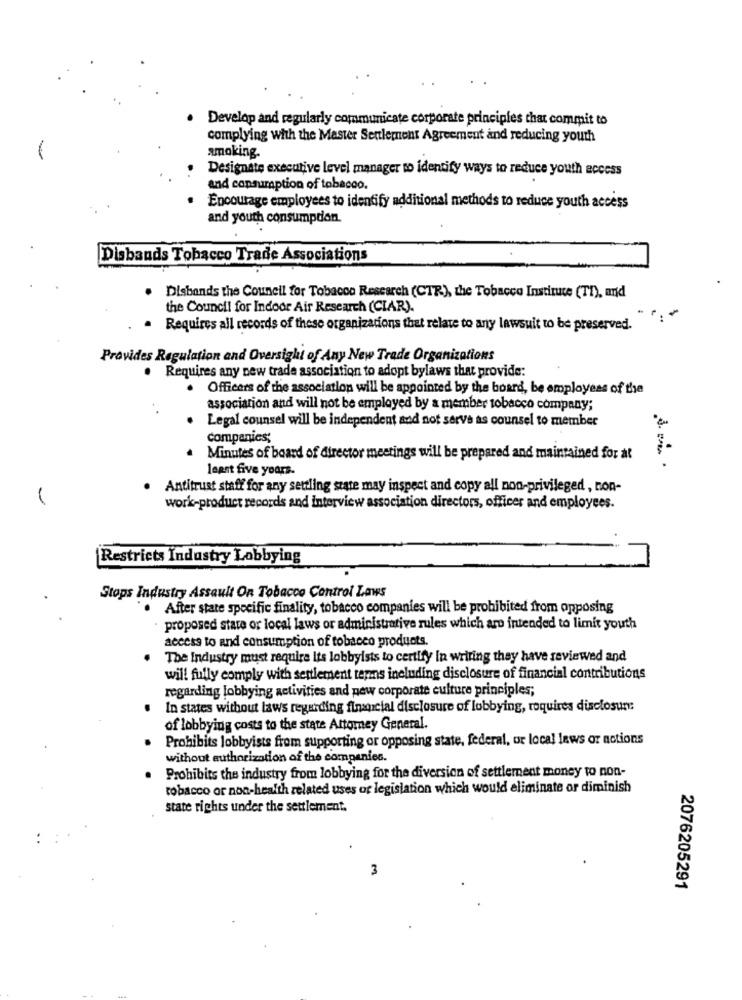
Develop and regularly communicate corporate principles that commit to
complying with the Master Seulement Agreement and reducing youth
smoking.
Designate executive level manager to identify ways to reduce youth access
and consumption of tobacco.
.
Encourage employees to identify additional methods to reduce youth access
and youth consumpdan.
Disbands Tobacco Trade Associations
Disbands the Council for Tobacco Research (CTR), the Tobacco Institute (TI), and
the Council for Indoor Air Research (CIAR).
. Requires all records of these organizations that relate to any lawsuit to be preserved.
Provides Regulation and Oversight of Any New Trade Organizations
. Requires any new trade association to adopt bylaws that provide:
Officers of the association will be appointed by the board, be employees of the
association and will not be employed by a member tobacco company;
Legal counsel will be independent and not serve as counsel to member
Companies;
Minutes of board of director meetings will be prepared and maintained for at
least five years.
Antitrust staff for any settling state may inspect and copy all non-privileged , con-
work-product records and interview association directors, officer and employees.
Restricts Industry Lobbying
Stops Industry Assault On Tobacco Control Laws
After state specific finality, tobacco companies will be prohibited from opposing
proposed stare or local laws or administrative rules which are intended to limit youth
access to and consumption of tobacco products.
The Industry must require Its lobbyists to certify in writing they have reviewed and
will fully comply with settlement terms including disclosure of financial contributions
regarding lobbying activities and new corporate culture principles;
In states without laws regarding financial disclosure of lobbying, roquires disclosure:
of lobbying costs to the state Attorney General.
Prohibits lobbyists from supporting or opposing state, federal, or local laws or notions
without authorization of the companies.
Prohibits the industry from lobbying for the diversion of settlement money to non-
tobacco or non-health related uses or legislation which would eliminate or diminish
state rights under the settlement.
3
2076205291